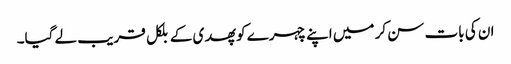
ان کی بات سن کر میں اپنے چہرے کو پھدی کے بلکل قریب لے گیا۔